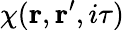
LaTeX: \chi(\mathbf{r},\mathbf{r}^{\prime},i\tau)